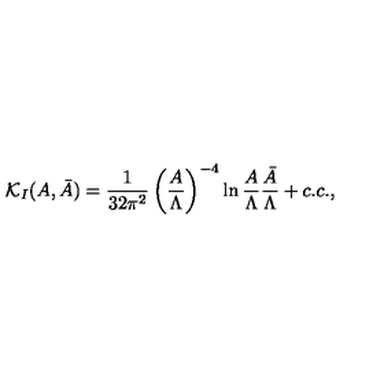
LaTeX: { \cal K } _ { I } ( A , \bar { A } ) = { \frac { 1 } { 3 2 \pi ^ { 2 } } } \left( { \frac { A } { \Lambda } } \right) ^ { - 4 } \ln { \frac { A } { \Lambda } } { \frac { \bar { A } } { \Lambda } } + c . c . ,